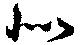
似